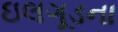
ઇલગૂડના